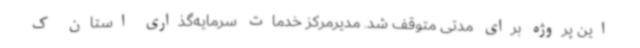
این پروژه برای مدتی متوقف شد. مدیرمرکز خدمات سرمایه‌گذاری استان ک